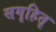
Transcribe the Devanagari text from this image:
सगृहितृ